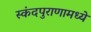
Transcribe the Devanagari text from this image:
स्कंदपुराणामध्ये